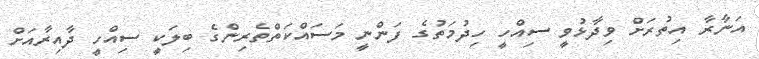
އަނާރާ އިތުރަށް ވިދާޅުވީ ސިއްހީ ހިދުމަތުގެ ފަންނީ މަސައްކަތްތެރިންގެ ބިލަކީ ސިއްހީ ދާއިރާއަށް